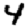
Digit: 4